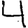
Digit: 4